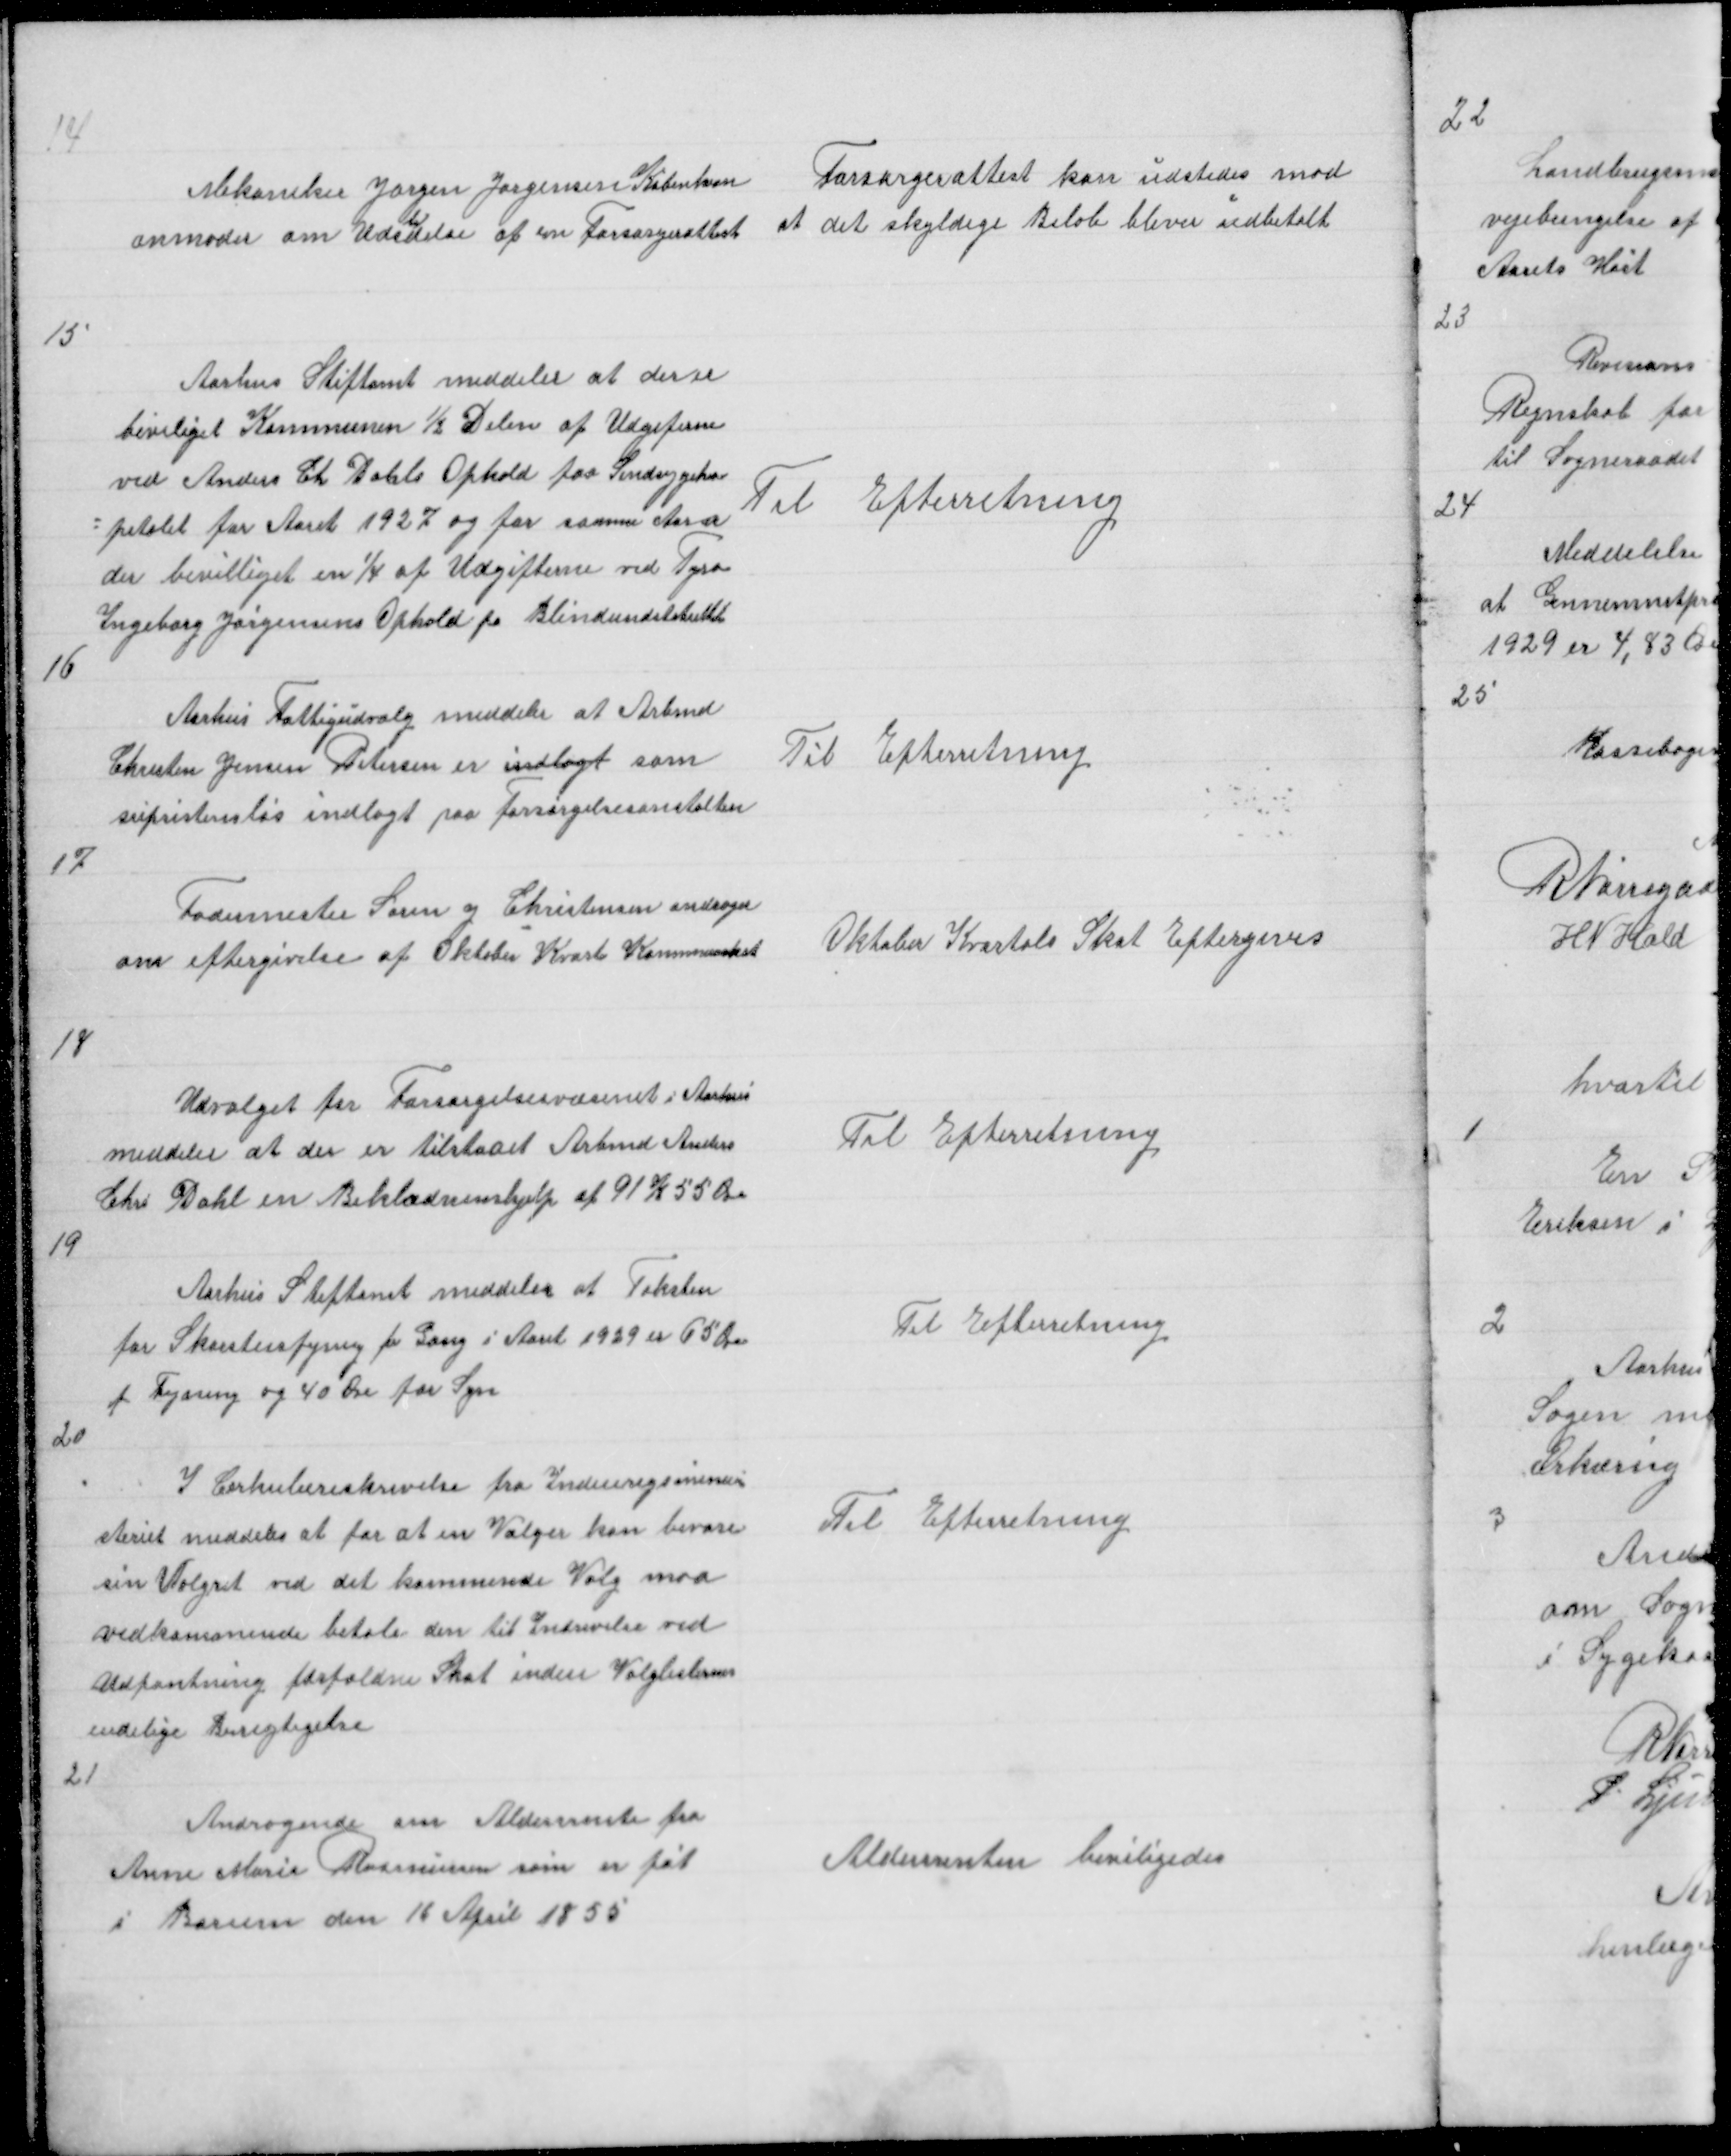
Transskription:
14

Mekaniker Jørgen Jørgensen København
anmoder om udstedelse af en Forsørgerattest

Forsørgerattest kan udstedes mod
at det skyldige Beløb bliver udbetalt

15

Aarhus Stiftamt meddeler at der er
beviliget Kommunen ½ Delen af Udgiferne
ved Anders Ch Dahls Ophold paa Sindsygehos
= pitalet for Aaret 1927 og for sammen Aar er
der bevilliget en 1/4 af Udgifterne ved Tyra
Ingeborg Jørgensens Ophold pa Blindeindstituttet

Til Efterretning

16

Aarhus Fattigudvalg meddeler at Arbmd
Christen Jensen Petersen er indlagt som
supsistensløs indlagt paa Forsørgelsesanstalten

Til Efterretning

17

Fodermester Søren J Christensen andrager
om eftergivelse af Oktober Kvarta Kommuneskat

Oktober Kvartals Skat Eftergives

18

Udvalget for Forsørgelsesvæsenet i Aarhus
meddeler at der er tilstaaet Arbmd Anders
Chr Dahl en Beklædninshjelp af 91 K 55 Øre

Til Efterretning

19

Aarhus Stiftamt meddeler at Taksten
for Skorstensfejnig pr Gang i Aaret 1929 er 65 Øre
f Fejning og 40 Øre for Syn

Til Efterretning

20

I Cirkulæreskrivelse fra Indenrigsmini =
steriet meddeles at for at en Vælger kan bevare
sin Valgret ved det kommende Valg maa
vedkommende betale den til Indrivelse ved
Udpantning forfaldne Skat inden Valglisternes
endelige Berigtigelse

Til Efterretning

21

Andragende om Aldersrente fra
Anne Marie Rasmussen som er føt
i Borum den 16 April 1855

Aldersrenten beviligedes